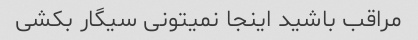
مراقب باشید اینجا نمیتونی سیگار بکشی